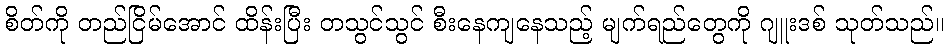
စိတ်ကို တည်ငြိမ်အောင် ထိန်းပြီး တသွင်သွင် စီးနေကျနေသည့် မျက်ရည်တွေကို ဂျူးဒစ် သုတ်သည်။